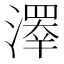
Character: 𤀎